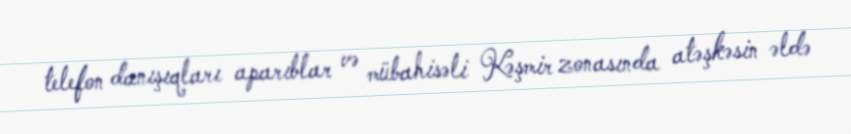
telefon danışıqları aparıblar və mübahisəli Kəşmir zonasında atəşkəsin əldə